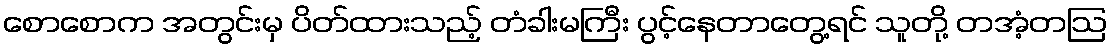
စောစောက အတွင်းမှ ပိတ်ထားသည့် တံခါးမကြီး ပွင့်နေတာတွေ့ရင် သူတို့ တအံ့တဩ